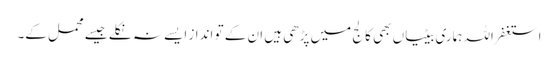
استغفر اللہ ہماری بیٹیاں بھی کالج میں پڑھی ہیں ان کے تو انداز ایسے نہ نکلے جیسے محمل کے۔